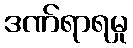
ဒဏ်ရာရမှု